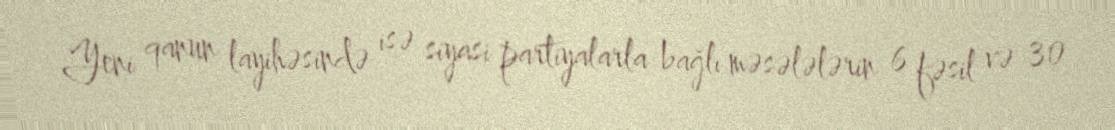
Yeni qanun layihəsində isə siyasi partiyalarla bağlı məsələlərin 6 fəsil və 30